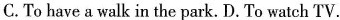
C. To have a walk in the park. D. To watch TV.